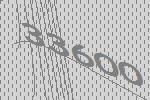
33600